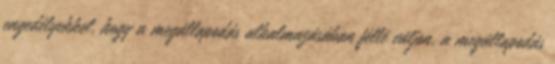
engedélyekkel, hogy a megállapodás alkalmazásában féllé váljon, a megállapodás